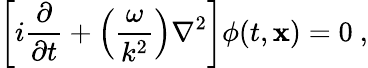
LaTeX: \left[i{\frac{\partial}{\partial t}}+\left(\frac{\omega}{k^{2}}\right)\nabla^{2}\right]\phi(t,\mathbf{x})=0\ ,